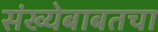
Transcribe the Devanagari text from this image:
संख्येबाबतचा